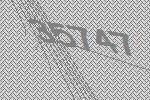
35747